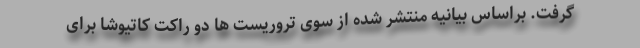
گرفت. براساس بیانیه منتشر شده از سوی تروریست ها دو راکت کاتیوشا برای